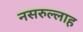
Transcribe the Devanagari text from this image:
नसरुल्लाह